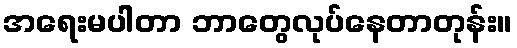
အရေးမပါတာ ဘာတွေလုပ်နေတာတုန်း။